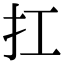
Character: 扛